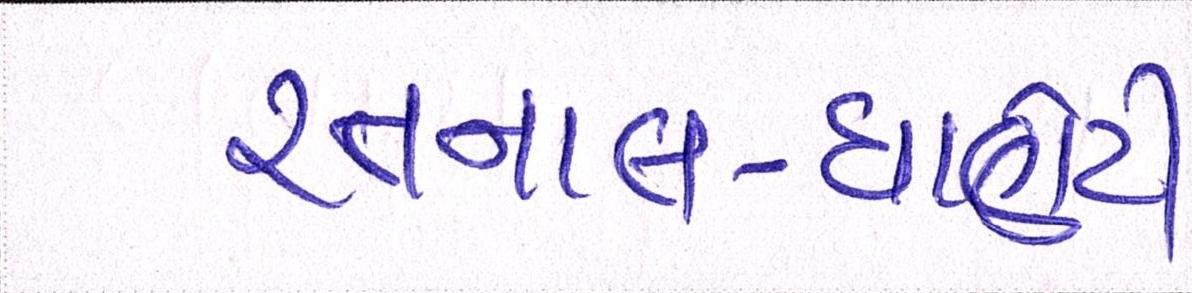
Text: રતનાલ-ધાણેટી